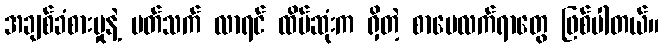
အချစ်ခံစားမှုနဲ့ ပတ်သက် လာရင် ထိပ်ဆုံးက ရှိတဲ့ စာပေလက်ရာတွေ ဖြစ်ပါတယ်။